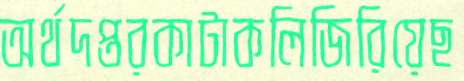
অর্থদপ্তরকাটাকলিজিরিয়েছ